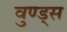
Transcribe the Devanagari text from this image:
वुण्ड्स